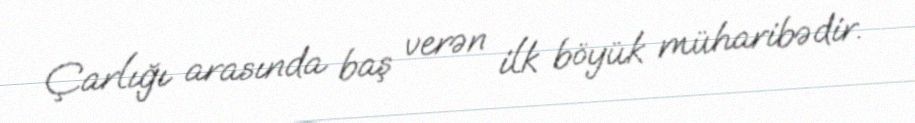
Çarlığı arasında baş verən ilk böyük müharibədir.